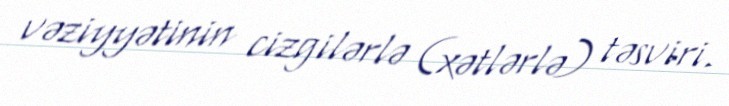
vəziyyətinin cizgilərlə (xətlərlə) təsviri.